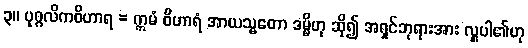
၃။ ပုဂ္ဂလိကဝိဟာရ = ဣမံ ဝိဟာရံ အာယသ္မတော ဒမ္မိဟု ဆို၍ အရှင်ဘုရားအား လှူပါ၏ဟု